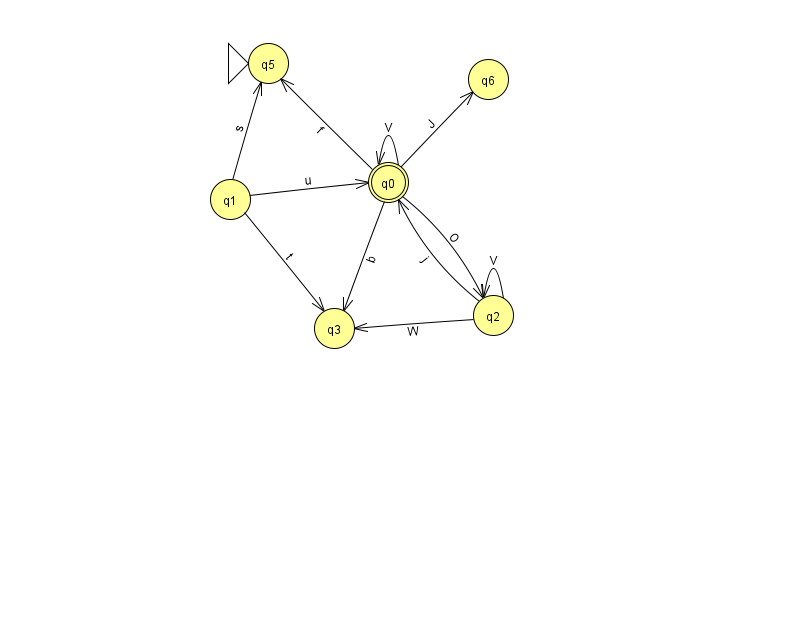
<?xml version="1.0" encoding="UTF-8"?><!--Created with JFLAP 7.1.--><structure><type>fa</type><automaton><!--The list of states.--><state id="0" name="q0"><x>388.0</x><y>169.0</y><final/></state><state id="1" name="q1"><x>230.0</x><y>186.0</y></state><state id="2" name="q2"><x>493.0</x><y>302.0</y></state><state id="3" name="q3"><x>334.0</x><y>315.0</y></state><state id="5" name="q5"><x>268.0</x><y>50.0</y><initial/></state><state id="6" name="q6"><x>488.0</x><y>66.0</y></state><!--The list of transitions.--><transition><from>0</from><to>3</to><read>b</read></transition><transition><from>2</from><to>0</to><read>j</read></transition><transition><from>1</from><to>5</to><read>s</read></transition><transition><from>1</from><to>3</to><read>t</read></transition><transition><from>0</from><to>5</to><read>f</read></transition><transition><from>0</from><to>0</to><read>V</read></transition><transition><from>1</from><to>0</to><read>u</read></transition><transition><from>2</from><to>2</to><read>V</read></transition><transition><from>0</from><to>2</to><read>O</read></transition><transition><from>2</from><to>3</to><read>W</read></transition><transition><from>0</from><to>6</to><read>J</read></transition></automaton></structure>